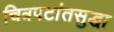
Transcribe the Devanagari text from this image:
चित्रपटांतसुद्धा